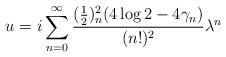
LaTeX: \begin{align*}u = i\sum_{n=0}^{\infty}\frac{(\frac12)_n^2(4\log2 - 4\gamma_n)}{(n!)^2}\lambda^n \end{align*}